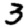
Digit: 3